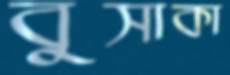
বুসাকা